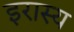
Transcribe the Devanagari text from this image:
इरास्य